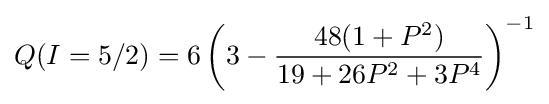
Q(I=5/2)=6\left(3-{\frac {48(1+P^{2})}{19+26P^{2}+3P^{4}}}\right)^{-1}